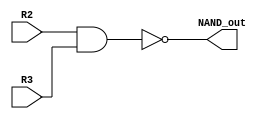
module NAND_1_bit(NAND_out, R2, R3);

input 	R2, R3;
output	NAND_out;
wire		AND_out;

and	A1	(AND_out, R2, R3);
not	N1	(NAND_out, AND_out);

endmodule